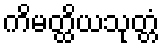
ကိမတ္ထိယသုတ္တံ